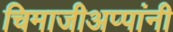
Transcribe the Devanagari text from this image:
चिमाजीअप्पांनी